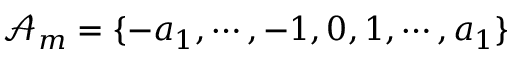
\mathcal { A } _ { m } = \{ - a _ { 1 } , \cdots , - 1 , 0 , 1 , \cdots , a _ { 1 } \}